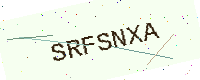
Text: SRFSNXA